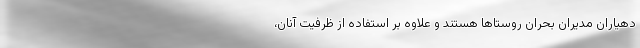
دهیاران مدیران بحران روستاها هستند و علاوه بر استفاده از ظرفیت آنان،